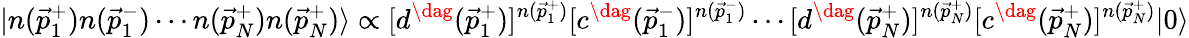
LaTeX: |n({\vec{p}}_{1}^{+})n({\vec{p}}_{1}^{-})\cdots n({\vec{p}}_{N}^{+})n({\vec{p}}_{N}^{+})\rangle\propto[d^{\dag}({\vec{p}}_{1}^{+})]^{n({\vec{p}}_{1}^{+})}[c^{\dag}({\vec{p}}_{1}^{-})]^{n({\vec{p}}_{1}^{-})}\cdots[d^{\dag}({\vec{p}}_{N}^{+})]^{n({\vec{p}}_{N}^{+})}[c^{\dag}({\vec{p}}_{N}^{+})]^{n({\vec{p}}_{N}^{+})}|0\rangle